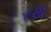
રથ